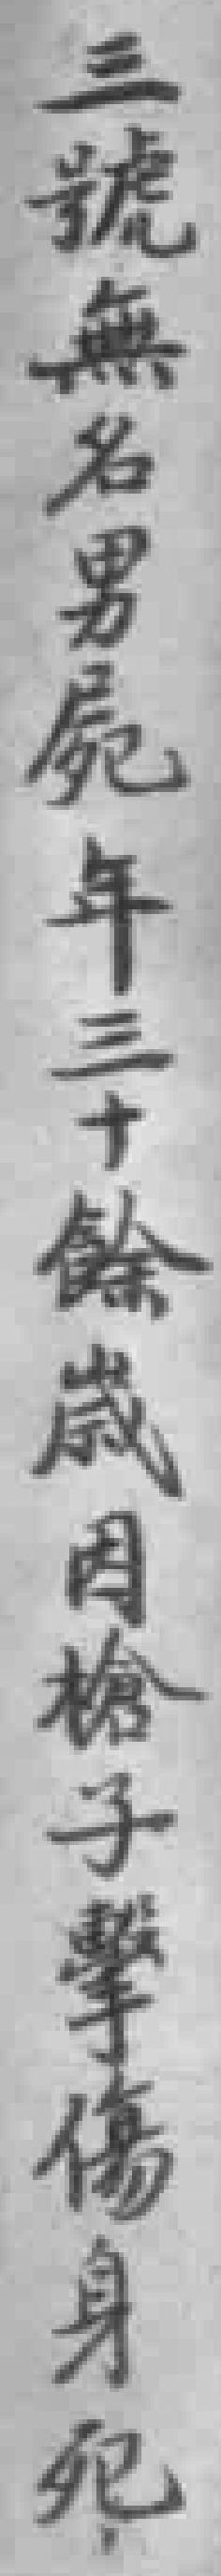
三號無名男屍年三十餘歲因槍子擊傷身死